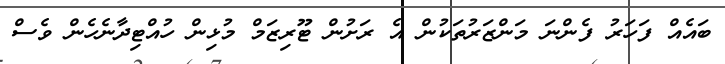
ބައެއް ފަހަރު ފެންނަ މަންޒަރުތަކުން އެ ރަށުން ޓޫރިޒަމް މުޅިން ހުއްޓިދާނެހެން ވެސް